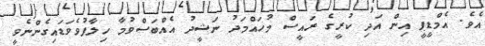
އެވެ. އެމްޑީޕީ އިން އަދި ކުރީގެ ރައީސް މުހައްމަދު ނަޝީދު އެއްބަސްވުމާ ހިލާފުވެވަޑައިގެންނެވީ